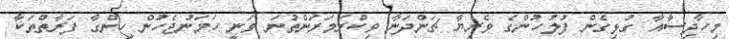
މިހާދިސާއާ ގުޅިގެން ފުލުހުންގެ ވެރިޔާ ޗަންދަނާ ވިކްރަމަރަންތުނަ ވަނީ ހަމަނުޖެހުން ހިންގާ ފަރާތްތަކާ